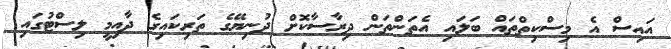
އައިސް އެ މިސްކިތްތައް ބަލައި އެތަންތަން ދިރާސާކޮށް ދުނިޔޭގެ ތަރިކައިގެ ދާއިމީ ލިސްޓުގައި